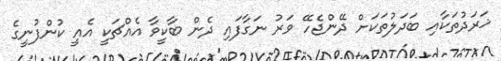
ޚަރަދުތަކާއި ބަދަލުތަކަށް ދޭންޖެހޭ ވަރު ނަގާފައި ދެން ބާކީވާ އެއްޗަކީ އެއީ ކުންފުނީގެ